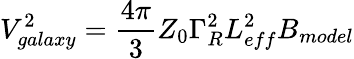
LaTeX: V_{galaxy}^{2}=\frac{4\pi}{3}Z_{0}\Gamma_{R}^{2}L_{eff}^{2}B_{model}